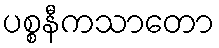
ပစ္စနီကသာတော